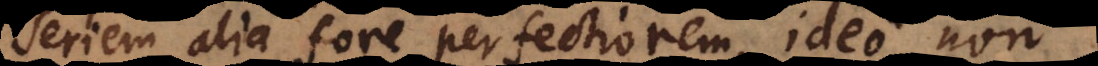
seriem alia fore perfectiorem, ideo non